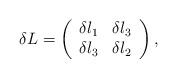
LaTeX: \begin{align*}\delta L=\left(\begin{array}{crc}\delta l_1&\delta l_3\\\delta l_3&\delta l_2 \\\end{array}\right),\end{align*}